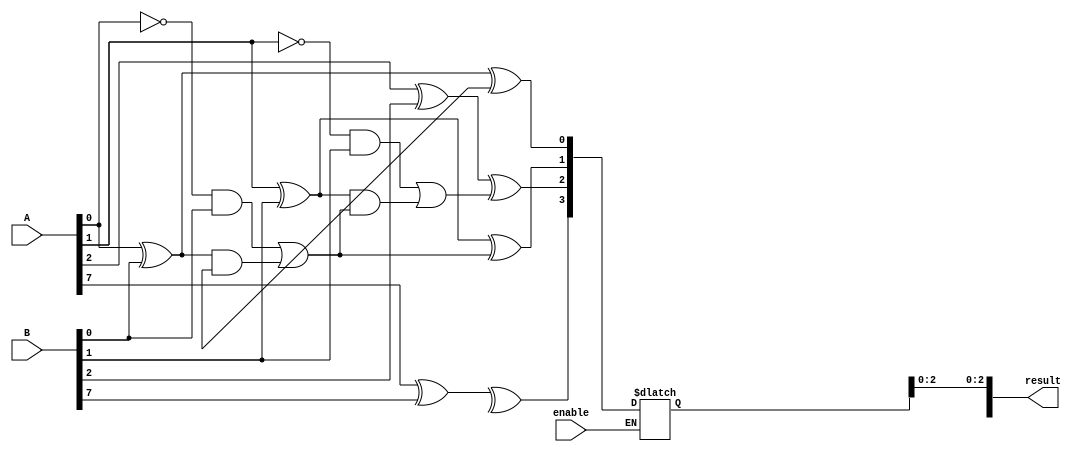
module ripple_carry_subtractor (
    input [7:0] A, // 8-bit input A
    input [7:0] B, // 8-bit input B
    input enable,  // enable signal for subtraction
    output reg [7:0] result // 8-bit subtraction result
);

reg [7:0] borrow;

always @* begin
    if(enable) begin
        result[0] = A[0] ^ B[0] ^ borrow[0];
        borrow[1] = (~A[0] & B[0]) | ((A[0] ^ B[0]) & borrow[0]);
        
        result[1] = A[1] ^ B[1] ^ borrow[1];
        borrow[2] = (~A[1] & B[1]) | ((A[1] ^ B[1]) & borrow[1]);
        
        result[2] = A[2] ^ B[2] ^ borrow[2];
        borrow[3] = (~A[2] & B[2]) | ((A[2] ^ B[2]) & borrow[2]);
        
        // continue calculating for remaining bits up to 7
        
        result[7] = A[7] ^ B[7] ^ borrow[7];
    end
end

endmodule